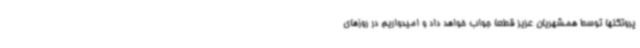
پروتکلها توسط همشهریان عزیز قطعا جواب خواهد داد و امیدواریم در روزهای